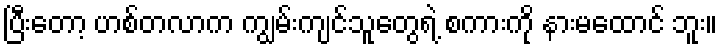
ပြီးတော့ ဟစ်တလာက ကျွမ်းကျင်သူတွေရဲ့ စကားကို နားမထောင် ဘူး။